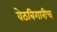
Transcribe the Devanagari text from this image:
वेठबिगारीच